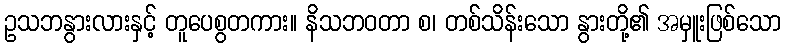
ဥသဘနွားလားနှင့် တူပေစွတကား။ နိသဘဝတာ စ၊ တစ်သိန်းသော နွားတို့၏ အမှူးဖြစ်သော